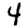
Digit: 4